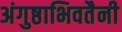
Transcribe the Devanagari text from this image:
अंगुष्ठाभिवतैनी